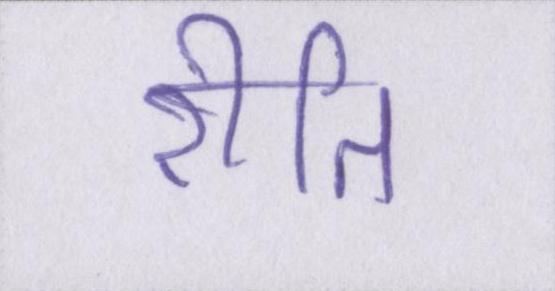
रीति